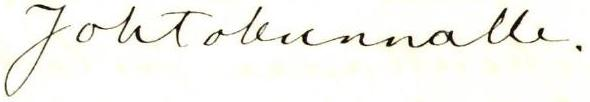
Johtokunnalle.